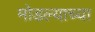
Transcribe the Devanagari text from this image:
मोडल्याच्या